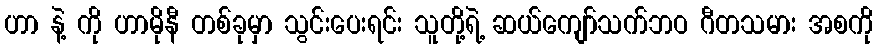
ဟာ နဲ့ ကို ဟာမိုနီ တစ်ခုမှာ သွင်းပေးရင်း သူတို့ရဲ့ ဆယ်ကျော်သက်ဘဝ ဂီတသမား အစကို